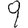
Digit: 9